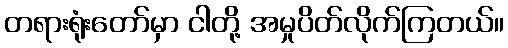
တရားရုံးတော်မှာ ငါတို့ အမှုပိတ်လိုက်ကြတယ်။